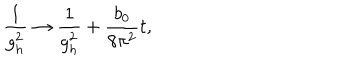
\frac { 1 } { g _ { h } ^ { 2 } } \rightarrow \frac { 1 } { g _ { h } ^ { 2 } } + \frac { b _ { 0 } } { 8 \pi ^ { 2 } } t ,